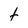
Character: t